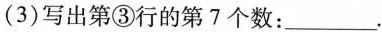
(3)写出第③行的第7个数：___.